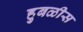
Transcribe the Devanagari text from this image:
हुबळीस